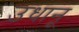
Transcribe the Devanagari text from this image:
उधानू